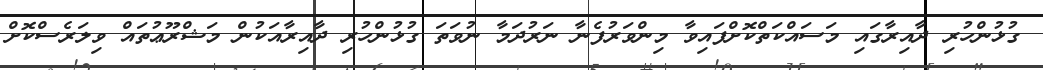
ގުޅުންހުރި ދާއިރާގައި މަސައްކަތްކޮށްފައިވާ މިންވަރުފެނާ ނަރުދަމާ ނުވަތަ ގުޅުންހުރި ދާއިރާއަކުން މަޝްރޫޢުތައް ވިލަރެސްކޮށް